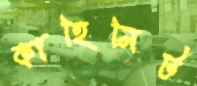
কাহিনিট